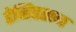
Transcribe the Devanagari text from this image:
डेव्हिडसन